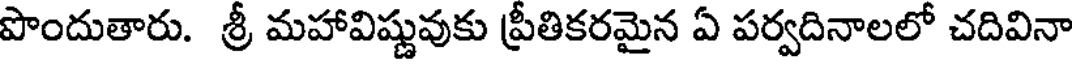
పొందుతారు. శ్రీ మహావిష్ణువుకు ప్రీతికరమైన ఏ పర్వదినాలలో చదివినా